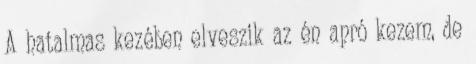
A hatalmas kezében elveszik az én apró kezem, de